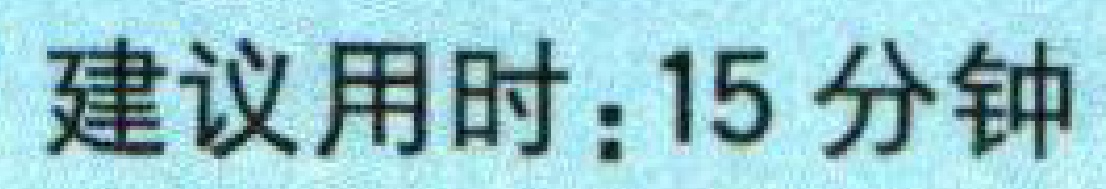
建议用时：15 分钟